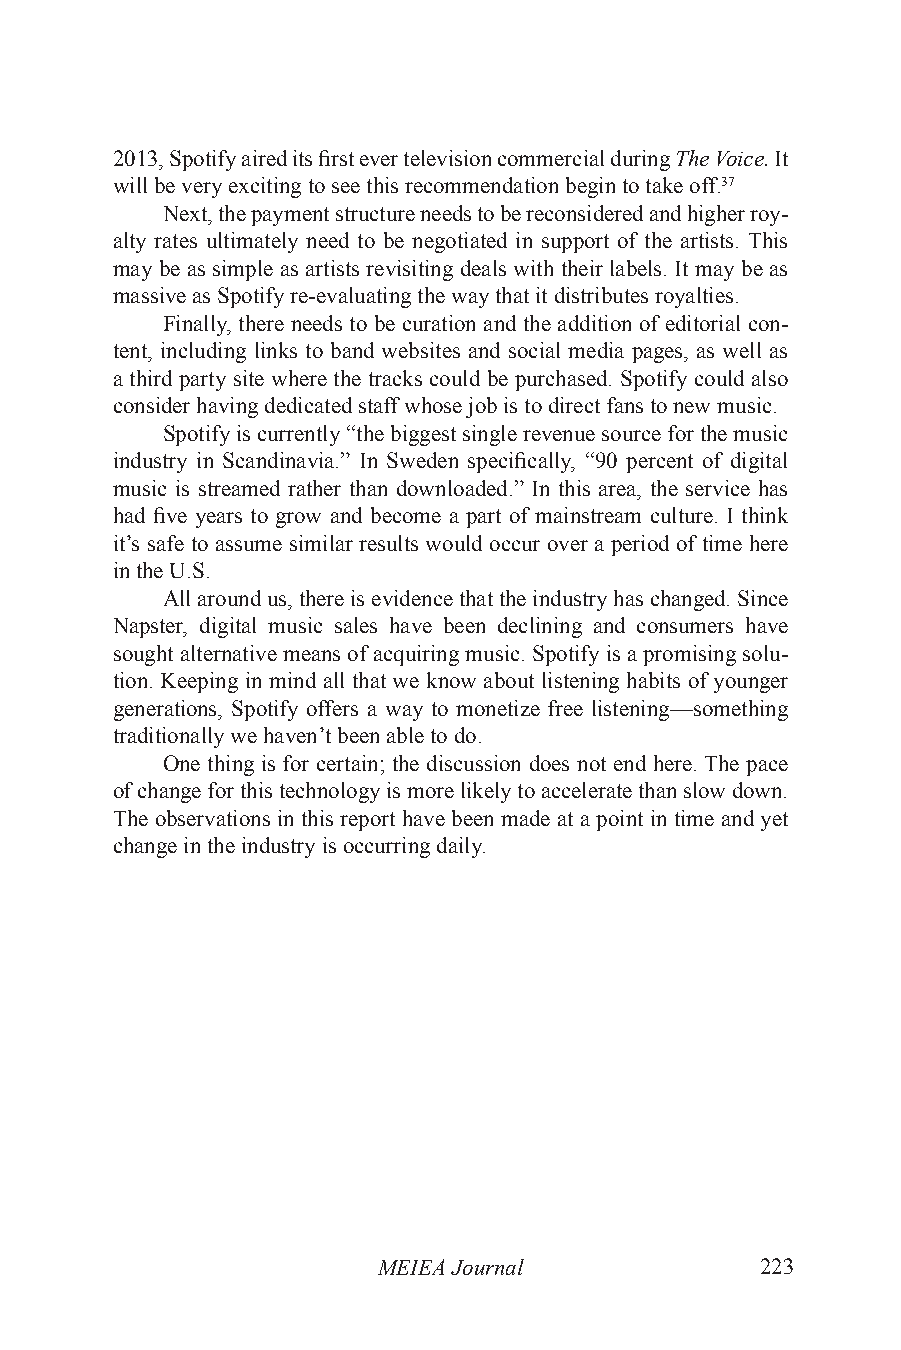
2013, Spotify aired its first ever television commercial during The Voice. It
 will be very exciting to see this recommendation begin to take off.37
 Next, the payment structure needs to be reconsidered and higher roy-
 alty rates ultimately need to be negotiated in support of the artists. This
 may be as simple as artists revisiting deals with their labels. It may be as
 massive as Spotify re-evaluating the way that it distributes royalties.
 Finally, there needs to be curation and the addition of editorial con-
 tent, including links to band websites and social media pages, as well as
 a third party site where the tracks could be purchased. Spotify could also
 consider having dedicated staff whose job is to direct fans to new music.
 Spotify is currently “the biggest single revenue source for the music
 industry in Scandinavia.” In Sweden specifically, “90 percent of digital
 music is streamed rather than downloaded.” In this area, the service has
 had five years to grow and become a part of mainstream culture. I think
 it’s safe to assume similar results would occur over a period of time here
 in the U.S.
 All around us, there is evidence that the industry has changed. Since
 Napster, digital music sales have been declining and consumers have
 sought alternative means of acquiring music. Spotify is a promising solu-
 tion. Keeping in mind all that we know about listening habits of younger
 generations, Spotify offers a way to monetize free listening—something
 traditionally we haven’t been able to do.
 One thing is for certain; the discussion does not end here. The pace
 of change for this technology is more likely to accelerate than slow down.
 The observations in this report have been made at a point in time and yet
 change in the industry is occurring daily.
 MEIEA Journal            223